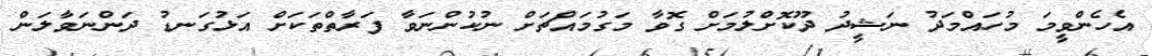
އެހެންވީމަ މުހައްމަދު ނަޝީދު ދޫކޮށްލުމަށް ގޮވާ މަގުމައްޗަށް ނުކުންނަވާ ފަރާތްތަކަށް އަޅުގަނޑު ދަންނަވާލަން